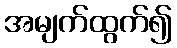
အမျက်ထွက်၍